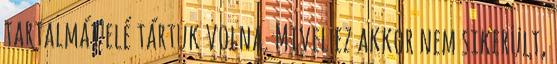
tartalmát elé tártuk volna. Mivel ez akkor nem sikerült,